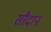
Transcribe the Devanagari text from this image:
सौदान